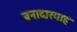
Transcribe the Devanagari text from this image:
बनादारगाह